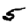
Digit: 5